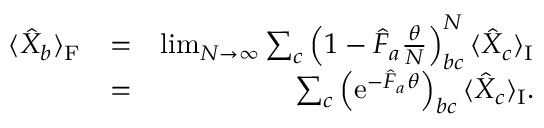
\begin{array} { r l r } { \langle \hat { X } _ { b } \rangle _ { \mathrm { F } } } & { = } & { \operatorname* { l i m } _ { N \rightarrow \infty } \sum _ { c } \left( 1 - \hat { F } _ { a } \frac { \theta } { N } \right) _ { b c } ^ { N } \langle \hat { X } _ { c } \rangle _ { \mathrm { I } } } \\ & { = } & { \sum _ { c } \left( \mathrm { e } ^ { - \hat { F } _ { a } \theta } \right) _ { b c } \langle \hat { X } _ { c } \rangle _ { \mathrm { I } } . } \end{array}